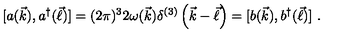
[ a ( \vec { k } ) , a ^ { \dagger } ( \vec { \ell } ) ] = ( 2 \pi ) ^ { 3 } 2 \omega ( \vec { k } ) \delta ^ { ( 3 ) } \left( \vec { k } - \vec { \ell } \right) = [ b ( \vec { k } ) , b ^ { \dagger } ( \vec { \ell } ) ] \ .